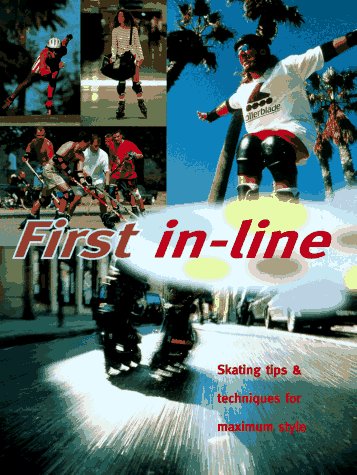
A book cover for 1st In-Line: Roll Up to Get Ahead With This Streetwise Instuction Manual On In-Line Skating; Mark Heeley; Sports & Outdoors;